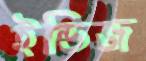
ইন্ডিজ